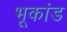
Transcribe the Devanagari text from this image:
भूकांड